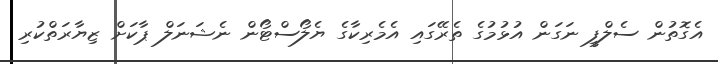
އެގޮތުން ސެލްފީ ނަގަން އުޅުމުގެ ތެރޭގައި އެމެރިކާގެ ޔެލޯސްޓޯން ނެޝަނަލް ޕާކަށް ޒިޔާރަތްކުރި